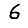
Digit: 6